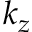
k _ { z }